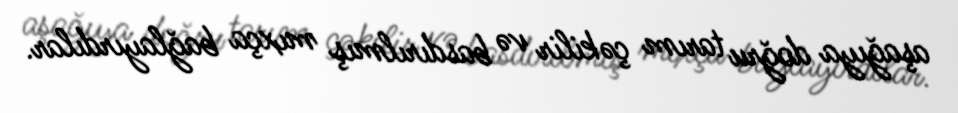
aşağıya doğru tarım çəkilir və basdırılmış mıxça bağlayırdılar.